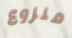
منزوع